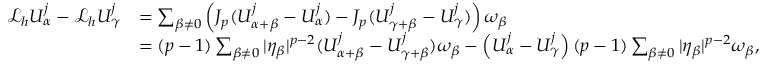
\begin{array} { r l } { \mathcal { L } _ { h } U _ { \alpha } ^ { j } - \mathcal { L } _ { h } U _ { \gamma } ^ { j } } & { = \sum _ { \beta \not = 0 } \left( J _ { p } ( U _ { \alpha + \beta } ^ { j } - U _ { \alpha } ^ { j } ) - J _ { p } ( U _ { \gamma + \beta } ^ { j } - U _ { \gamma } ^ { j } ) \right) \omega _ { \beta } } \\ & { = ( p - 1 ) \sum _ { \beta \not = 0 } | \eta _ { \beta } | ^ { p - 2 } ( U _ { \alpha + \beta } ^ { j } - U _ { \gamma + \beta } ^ { j } ) \omega _ { \beta } - \left( U _ { \alpha } ^ { j } - U _ { \gamma } ^ { j } \right) ( p - 1 ) \sum _ { \beta \not = 0 } | \eta _ { \beta } | ^ { p - 2 } \omega _ { \beta } , } \end{array}